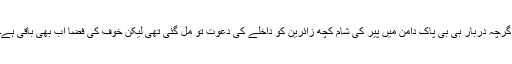
اگرچہ دربار بی بی پاک دامن میں پیر کی شام کچھ زائرین کو داخلے کی دعوت تو مل گئی تھی لیکن خوف کی فضا اب بھی باقی ہے۔